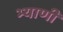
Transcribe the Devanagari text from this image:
भ्याणी